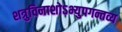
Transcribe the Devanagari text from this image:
शत्रुविनाशोऽभ्युपगन्तव्य